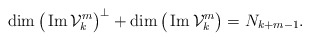
\begin{align*}\dim \big(\operatorname{Im}\mathcal V_k^m\big)^\perp +\dim \big(\operatorname{Im}\mathcal V_k^m\big)=N_{k+m-1}.\end{align*}